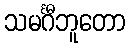
သမင်္ဂီဘူတော